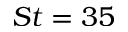
S t = 3 5